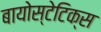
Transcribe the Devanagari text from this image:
बायोस्टेटिक्स